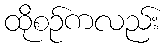
ထိုစဉ်ကလည်း